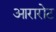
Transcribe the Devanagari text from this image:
आरारोट